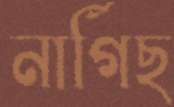
নার্গিছ